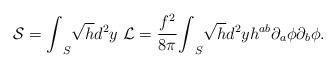
LaTeX: \begin{align*}{\cal S}={\int}_S \sqrt{h}d^2y~ {\cal L}=\frac{f^2}{8{\pi}}{\int}_S \sqrt{h}d^2y h^{ab} {\partial}_a{\phi} {\partial}_b{\phi}.\end{align*}